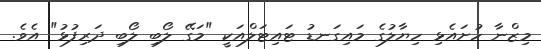
މިޒްނާ ހުށައެޅި ހިޔާލުގެ މައިގަނޑު ޓައިޓަލްއަކީ "މަގޭ ލޯބި ލޯބި ދަރިފުޅު" އެވެ.